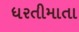
ધરતીમાતા